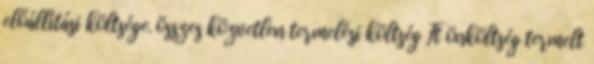
előállítási költsége. összes közvetlen termelési költség Ft önköltség termelt